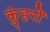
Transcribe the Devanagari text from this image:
कुंहरों